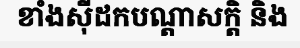
ខាំងស៊ីដកបណ្តាសក្តិ និង